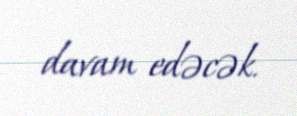
davam edəcək.